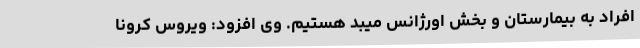
افراد به بیمارستان و بخش اورژانس میبد هستیم. وی افزود: ویروس کرونا